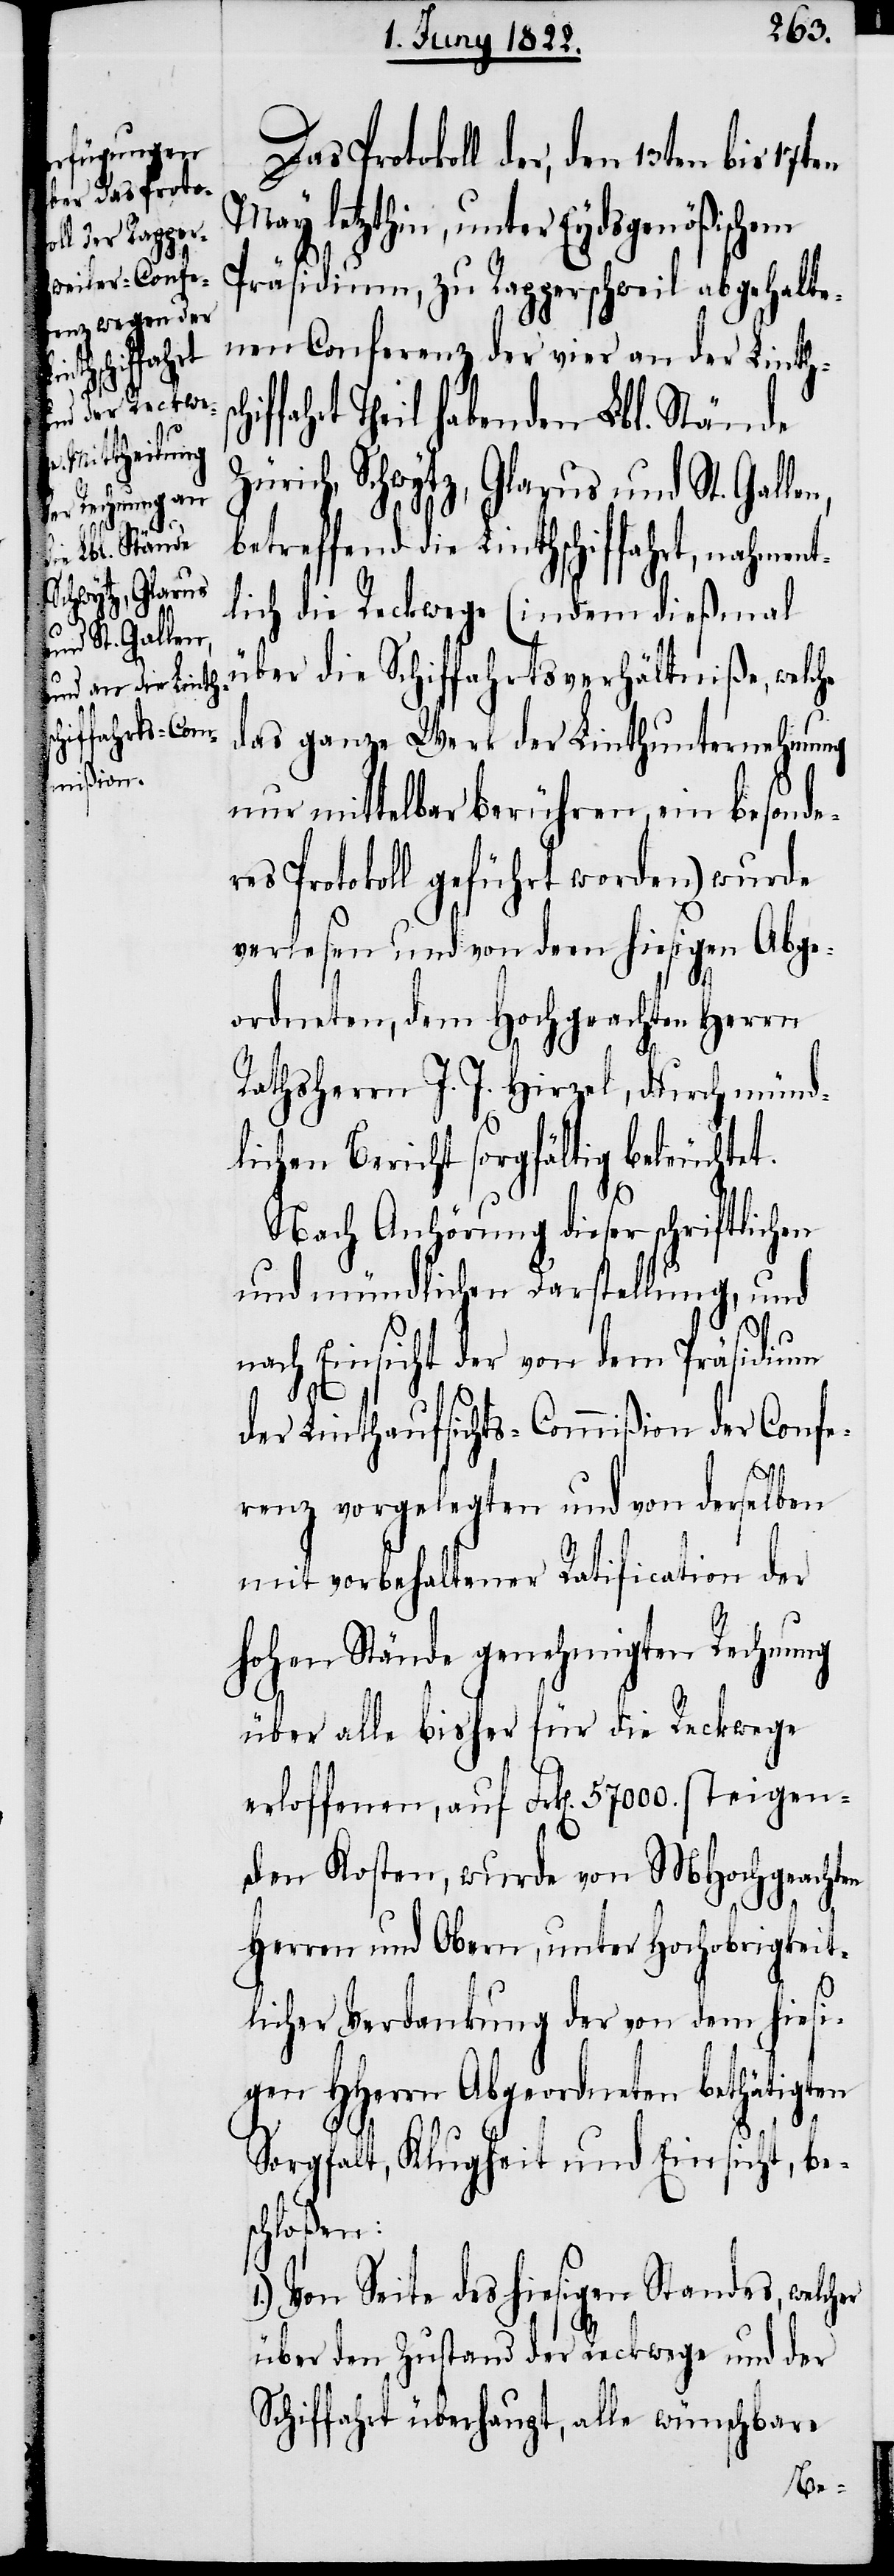
Schwytz, Glarus
er
und St. Gallen,

Protokoll der, den 13ten bis 17ten
letzthin, unter Eydsgenößischem
Präsidium, zu Rapperschweil abgehalte¬
nen Conferenz der vier an der Linths¬
fahrt Theil habenden Lbl. Stände
betreffend die Linthschiffahrt, nahmen¬
tlich die Reckwege (indem dießmal
über die Schiffahrtsverhältniße, welche
das ganze Werk der Linthunternehmung
nur mittelbar berühren, ein besonde¬
res Protokoll geführt worden) wurde
verlesen und von dem hiesigen Abge¬
ordneten, dem Hochgeachten Herrn
Rathsherrn J. J. Hirzel, durch münd¬
lichen Bericht sorgfältig beleuchtet.
Nach Anhörung dieser schriftlich¬
und mündlichen Darstellung, und
nach Einsicht der von dem Präsidium
chif¬
der Linthaufsichts-Commißion der Confe¬
renz vorgelegten und von derselben
mit vorbehaltener Ratification der
hohen Stände genehmigten Rechnung
über alle bisher für die Reckwege
erloffenen, auf Frk[en]. 57000. steigen¬
den Kosten, wurde von MHochgeachten
Herren und Obern, unter Hochobrigkeit¬
licher Verdankung der von dem hiesi¬
gen HHerrn Abgeordneten bethätigten
Sorgfalt, Klugheit und Einsicht, be¬
schloßen:
1.) Von Seite des hiesigen Standes, welch¬
über den Zustand der Reckwege und der
Schiffahrt überhaupt, alle wünschbare